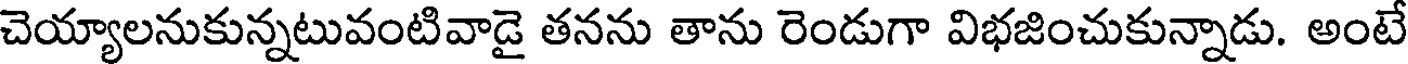
చెయ్యాలనుకున్నటువంటివాడై తనను తాను రెండుగా విభజించుకున్నాడు. అంటే